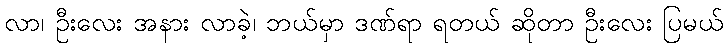
လာ၊ ဦးလေး အနား လာခဲ့၊ ဘယ်မှာ ဒဏ်ရာ ရတယ် ဆိုတာ ဦးလေး ပြမယ်